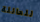
للعائلة